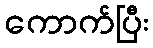
ကောက်ပြီး